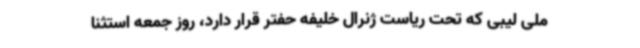
ملی لیبی که تحت ریاست ژنرال خلیفه حفتر قرار دارد، روز جمعه استثنا